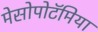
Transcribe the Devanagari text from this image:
मेसोपोटॅमिया